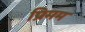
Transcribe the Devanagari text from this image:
प्रिमम